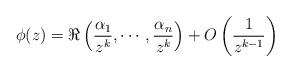
LaTeX: \begin{align*}\phi(z)=\Re\left(\frac{\alpha_1}{z^k},\cdots,\frac{\alpha_{n}}{z^k}\right)+O\left(\frac{1}{z^{k-1}}\right)\end{align*}